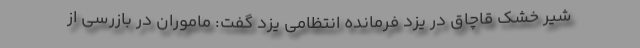
شیر خشک قاچاق در یزد فرمانده انتظامی یزد گفت: ماموران در بازرسی از